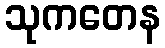
သုကတေန